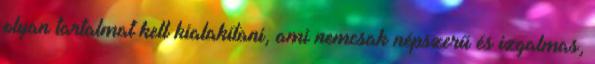
olyan tartalmat kell kialakítani, ami nemcsak népszerű és izgalmas,